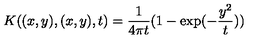
K ( ( x , y ) , ( x , y ) , t ) = { \frac { 1 } { 4 \pi t } } ( 1 - \exp ( - { \frac { y ^ { 2 } } { t } } ) )